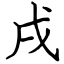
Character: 戌